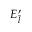
E _ { \tilde { l } } ^ { \prime }